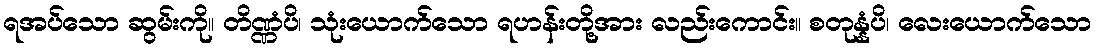
ရအပ်သော ဆွမ်းကို။ တိဏ္ဏံပိ၊ သုံးယောက်သော ရဟန်းတို့အား လည်းကောင်း။ စတုန္နံပိ၊ လေးယောက်သော